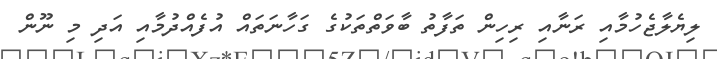
ލިޔެލާޖެހުމާއި ރަނާއި ރިހިން ތަފާތު ބާވަތްތަކުގެ ގަހާނަތައް އުފެއްދުމާއި އަދި މި ނޫން